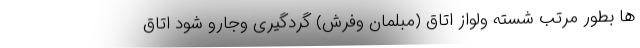
ها بطور مرتب شسته ولواز اتاق (مبلمان وفرش) گردگیری وجارو شود اتاق